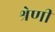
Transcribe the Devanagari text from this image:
श्रेणीं